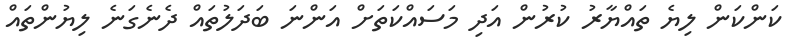
ކަންކަން ލިޔެ ތައްޔާރު ކުރުން އަދި މަސައްކަތަށް އަންނަ ބަދަލުތައް ދެނެގަނެ ލިޔުންތައް